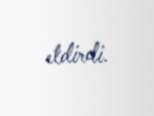
etdirdi.